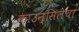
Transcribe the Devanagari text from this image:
काउन्सिलचा